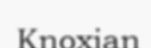
Knoxian